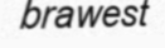
brawest